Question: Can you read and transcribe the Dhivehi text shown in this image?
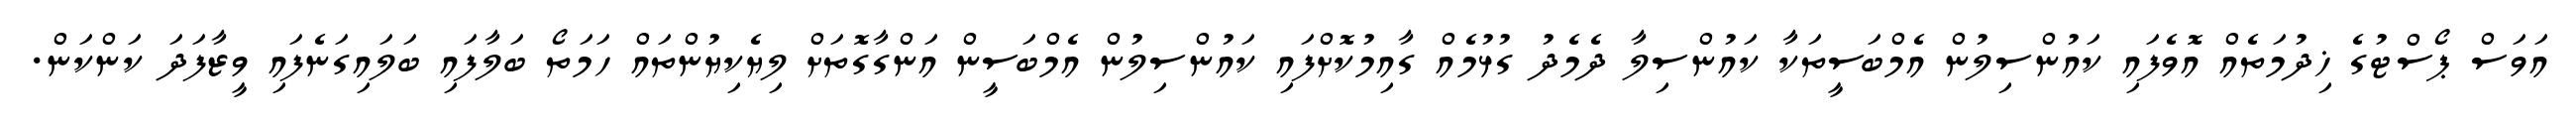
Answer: އަވަސް ޕޯސްޓުގެ ޚިދުމަތެއް އޮވެފައި ކައުންސިލުން އެމްބަސީތަކާ ކައުންސިލާ ދެމެދު ގުޅުމެއް ގާއިމުކޮށްފައި ކައުންސިލުން އެމްބަސީން އަންގާގޮތަށް ލިޔެކިޔުންތައް ހަމަތޯ ބަލާފައި ބަލައިގަނެފައި ވީޒާފަދަ ކަންކަން.